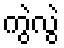
ကွဲလွဲ